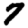
Digit: 7